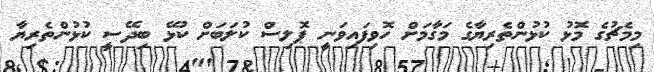
މިމެޗުގެ މޮޅު ކުޅުންތެރިޔާގެ މަގާމަށް ހޮވިފައިވަނީ ޕޮލިސް ކުލަބަށް ކުޅޭ ބިދޭސީ ކުޅުންތެރިޔާ